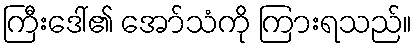
ကြီးဒေါ်၏ အော်သံကို ကြားရသည်။